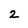
Character: 2